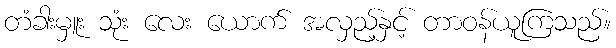
တံခါးမှူး သုံး လေး ယောက် အလှည့်နှင့် တာဝန်ယူကြသည်။